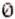
0